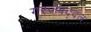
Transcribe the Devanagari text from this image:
गरजेबद्दल